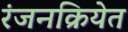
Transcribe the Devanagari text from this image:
रंजनक्रियेत